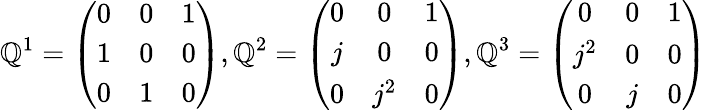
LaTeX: \mathbb{Q}^{1}=\left(\begin{array}{ccc}{{0}}&{{0}}&{{1}}\\ {{1}}&{{0}}&{{0}}\\ {{0}}&{{1}}&{{0}}\end{array}\right),\mathbb{Q}^{2}=\left(\begin{array}{ccc}{{0}}&{{0}}&{{1}}\\ {{j}}&{{0}}&{{0}}\\ {{0}}&{{j^{2}}}&{{0}}\end{array}\right),\mathbb{Q}^{3}=\left(\begin{array}{ccc}{{0}}&{{0}}&{{1}}\\ {{j^{2}}}&{{0}}&{{0}}\\ {{0}}&{{j}}&{{0}}\end{array}\right)